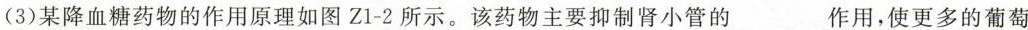
(3)某降血糖药物的作用原理如图Z1-2所示。该药物主要抑制肾小管的___作用，使更多的葡萄